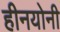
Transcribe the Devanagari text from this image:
हीनयोनी